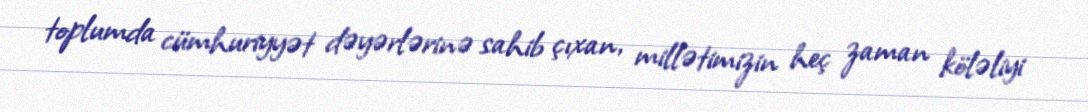
toplumda cümhuriyyət dəyərlərinə sahib çıxan, millətimizin heç zaman köləliyi